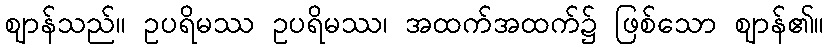
ဈာန်သည်။ ဥပရိမဿ ဥပရိမဿ၊ အထက်အထက်၌ ဖြစ်သော ဈာန်၏။